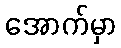
အောက်မှာ